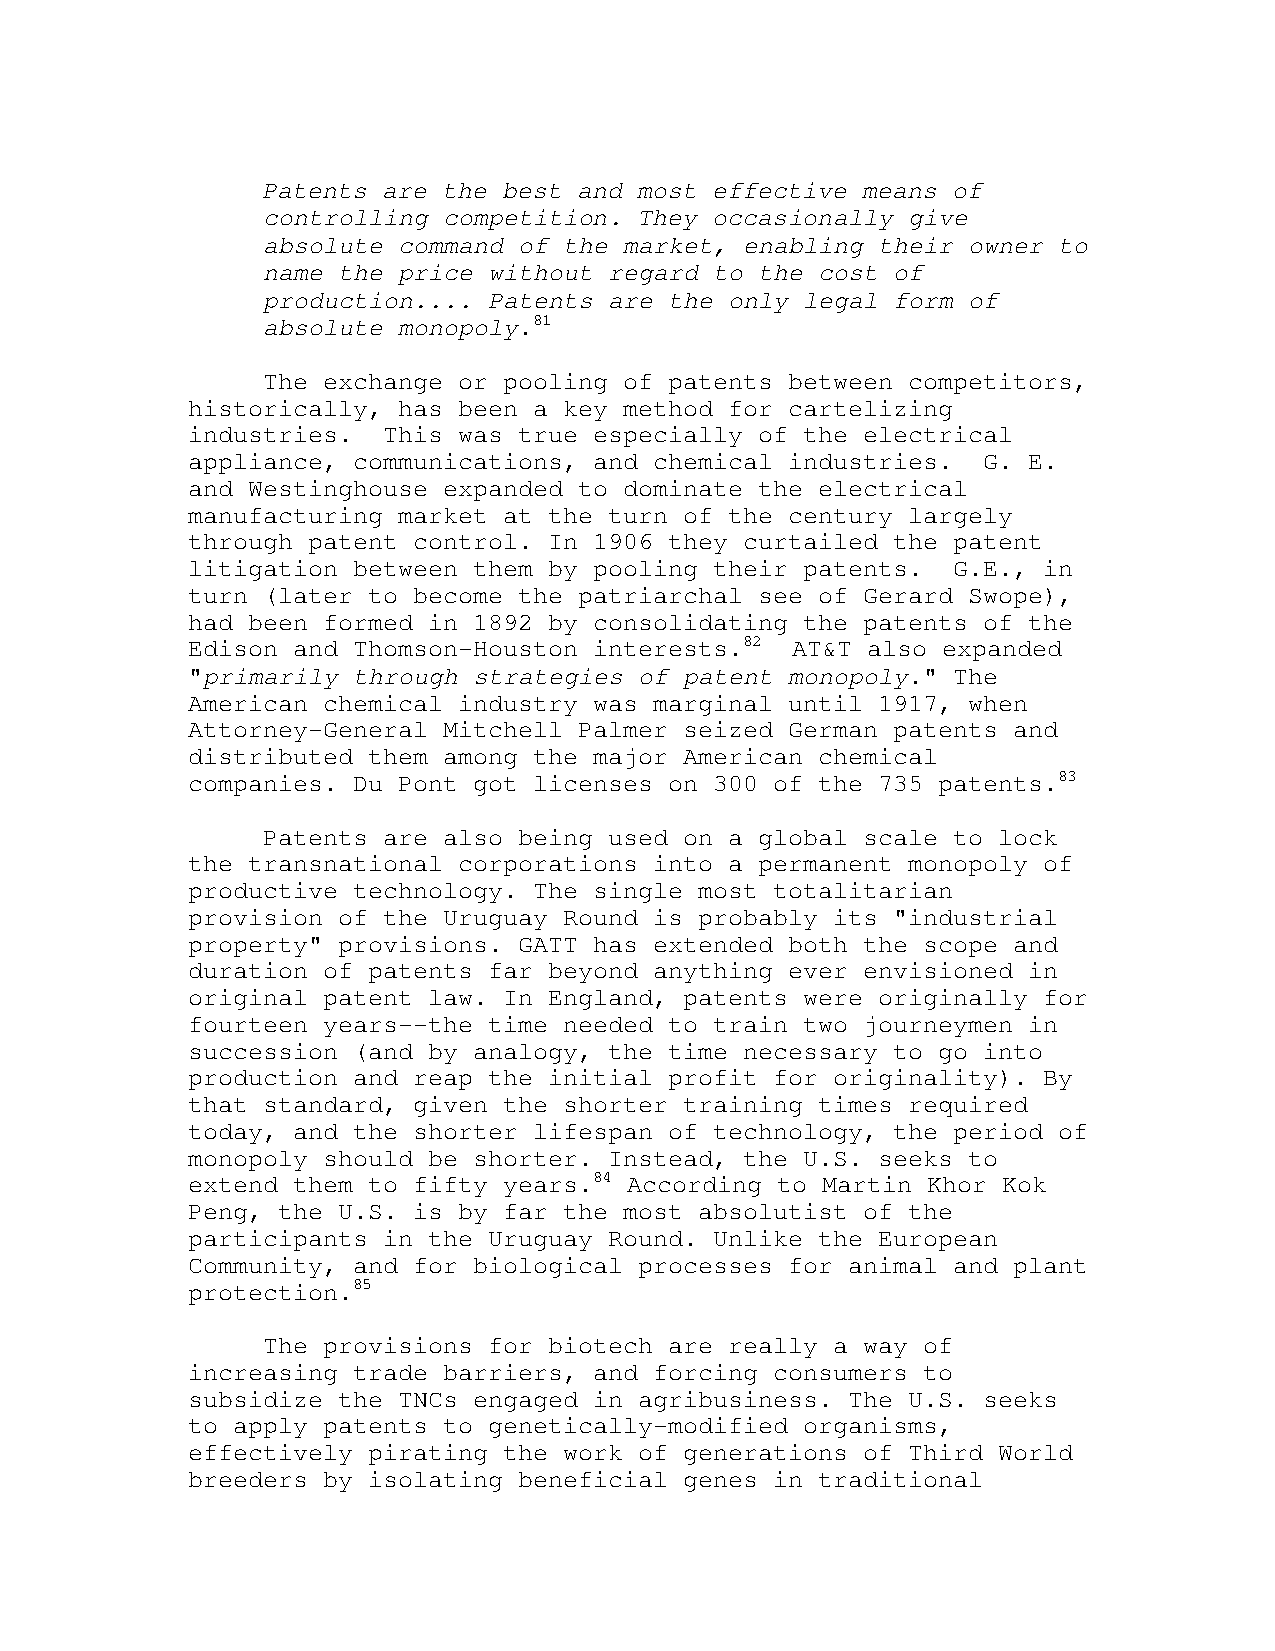
Patents are the best and most effective means of
 controlling competition. They occasionally give
 absolute command of the market, enabling their owner to
 name the price without regard to the cost of
 production.... Patents are the only legal form of
 absolute monopoly.81
 The exchange or pooling of patents between competitors,
 historically, has been a key method for cartelizing
 industries.  This was true especially of the electrical
 appliance, communications, and chemical industries.  G. E.
 and Westinghouse expanded to dominate the electrical
 manufacturing market at the turn of the century largely
 through patent control. In 1906 they curtailed the patent
 litigation between them by pooling their patents.  G.E., in
 turn (later to become the patriarchal see of Gerard Swope),
 had been formed in 1892 by consolidating the patents of the
 Edison and Thomson-Houston interests.82 AT&T also expanded
 "primarily through strategies of patent monopoly." The
 American chemical industry was marginal until 1917, when
 Attorney-General Mitchell Palmer seized German patents and
 distributed them among the major American chemical
 companies. Du Pont got licenses on 300 of the 735 patents.83
 Patents are also being used on a global scale to lock
 the transnational corporations into a permanent monopoly of
 productive technology. The single most totalitarian
 provision of the Uruguay Round is probably its "industrial
 property" provisions. GATT has extended both the scope and
 duration of patents far beyond anything ever envisioned in
 original patent law. In England, patents were originally for
 fourteen years--the time needed to train two journeymen in
 succession (and by analogy, the time necessary to go into
 production and reap the initial profit for originality). By
 that standard, given the shorter training times required
 today, and the shorter lifespan of technology, the period of
 monopoly should be shorter. Instead, the U.S. seeks to
 extend them to fifty years.84 According to Martin Khor Kok
 Peng, the U.S. is by far the most absolutist of the
 participants in the Uruguay Round. Unlike the European
 Community, and for biological processes for animal and plant
 protection.85
 The provisions for biotech are really a way of
 increasing trade barriers, and forcing consumers to
 subsidize the TNCs engaged in agribusiness. The U.S. seeks
 to apply patents to genetically-modified organisms,
 effectively pirating the work of generations of Third World
 breeders by isolating beneficial genes in traditional